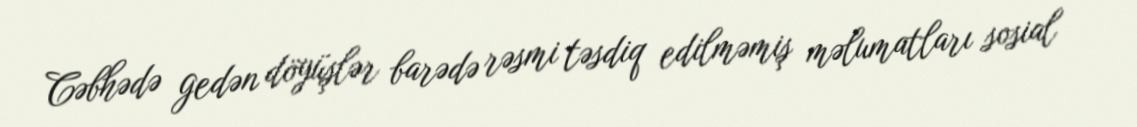
Cəbhədə gedən döyüşlər barədə rəsmi təsdiq edilməmiş məlumatları sosial